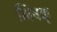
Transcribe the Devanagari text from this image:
भिषक्